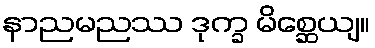
နာညမညဿ ဒုက္ခ မိစ္ဆေယျ။